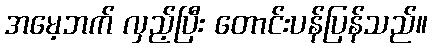
အမေ့ဘက် လှည့်ပြီး တောင်းပန်ပြန်သည်။